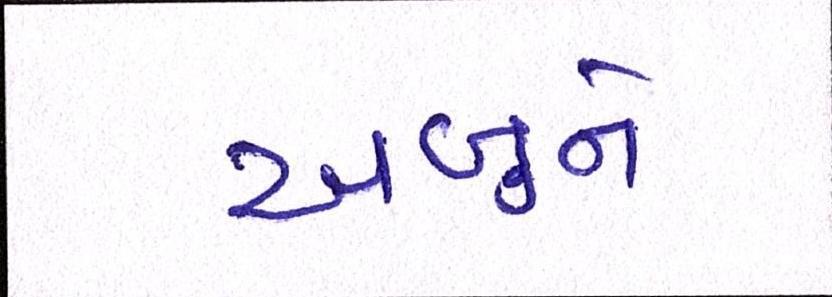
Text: અબુને